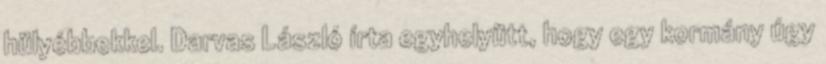
hülyébbekkel. Darvas László írta egyhelyütt, hogy egy kormány úgy